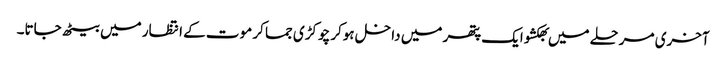
آخری مرحلے میں بھکشو ایک پتھر میں داخل ہوکر چوکڑی جما کر موت کے انتظار میں بیٹھ جاتا۔